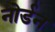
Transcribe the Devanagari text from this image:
नोर्डन